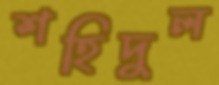
শহিদুল